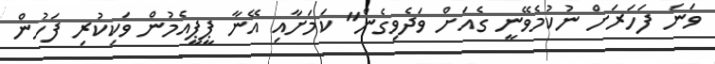
ވަނަ ފަހަރަށް ނުކުމެވޭނީ ގެއަށް ވަދެވިގެން" ކަމަށާއި އޭނާ ޕީޕީއެމުން ވަކިކުރި ފަހުން